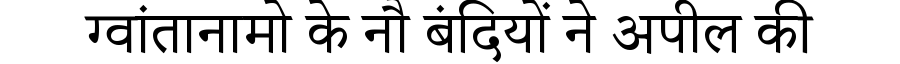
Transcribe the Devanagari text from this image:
ग्वांतानामो के नौ बंदियों ने अपील की